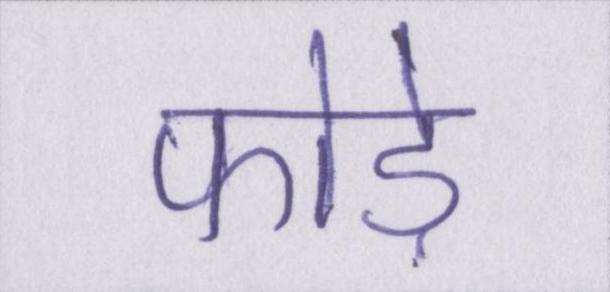
फोड़े